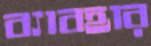
ব্যাবহার